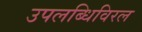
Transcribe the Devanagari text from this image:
उपलब्धिविरल